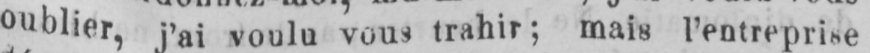
oublier, j’ai voulu vous trahir; mais l’entreprise